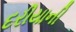
દરીયાની